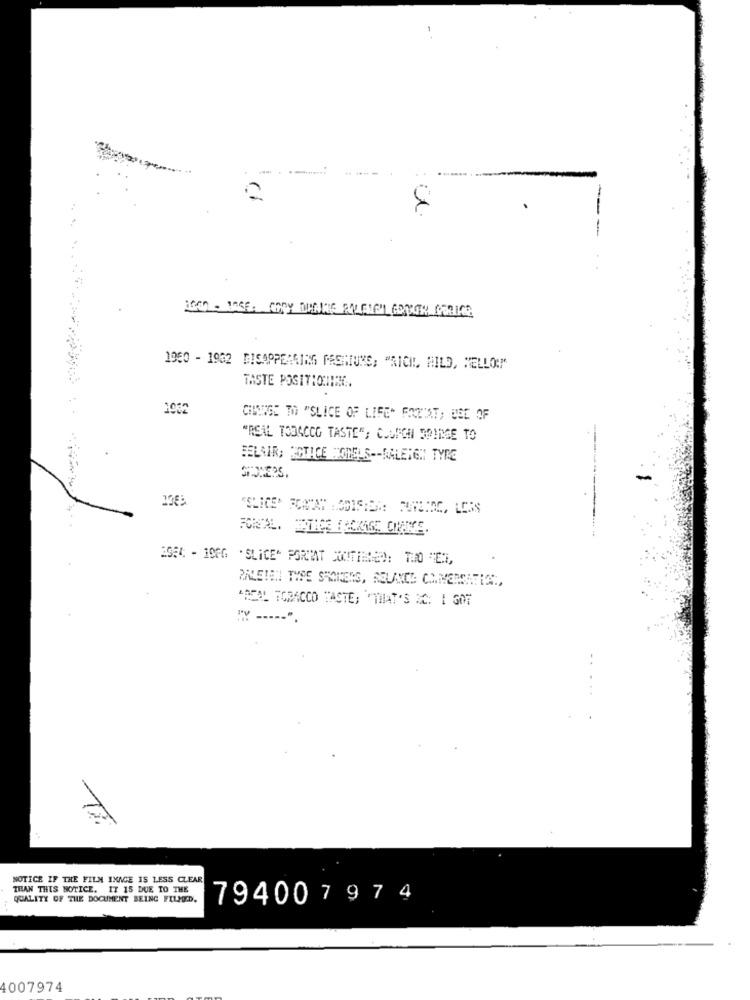
IOCTL- NAGE: COPY DENNE FALEINUL GANGER PERICO
1960 - 1932 DISAPPEARING FASHIONS, "RICIL, MILD, NELLO:""
TASTE POSITIONING
CHANGE TO "SLICE OF LIFE" POZNAT, BEC OF
"REAL TOBACCO TASTE"; CMURGH BRINGE TO
BELAIR, ROTACE MODELS -- RALEIGH TYRE
STEPS.
2054 - 1966 . SLICE" PORTAT SOUTHRED: THO "EI,
PALETEN THSE SAMICENG, RELANCE: CHIVERSATION,
"DELL TOBACCO TASTE; "THAT'S &C: I GOT
" ----- ".
-.
NOTICE IF THE FILM INACE IS LESS CLEAR
THAN THIS NOTICE. IT 15 DUE TO THE
QUALITY OF THE DOCUMENT BEING FILMD.
794007974
4007974